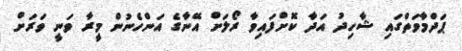
ޕަދްމާވަތްގައި ޝާހިދު އަދާ ކޮށްފައިވާ ރޯލަށް އޭނާގެ އަންހެނުން މީރާ ވަނީ ވަރަށް